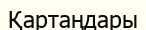
Қартаңдары